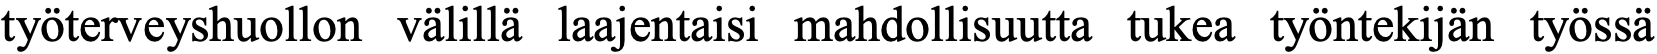
työterveyshuollon välillä laajentaisi mahdollisuutta tukea työntekijän työssä